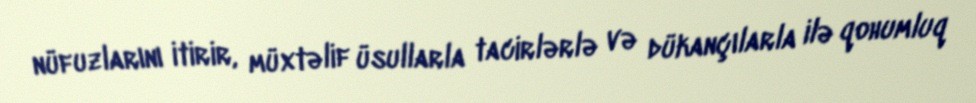
nüfuzlarını itirir, müxtəlif üsullarla tacirlərlə və dükançılarla ilə qohumluq